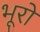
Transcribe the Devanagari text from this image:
भूरो